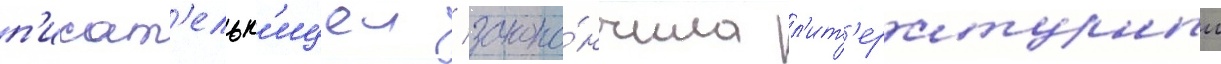
п'исат'ельн'ицеи / зако́нчила л'ит'ературныи